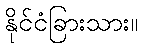
နိုင်ငံခြားသား။